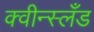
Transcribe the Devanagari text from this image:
क्वीन्स्लँड